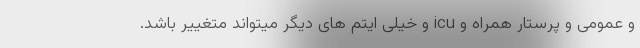
و عمومی و پرستار همراه و icu و خیلی ایتم های دیگر میتواند متغییر باشد.